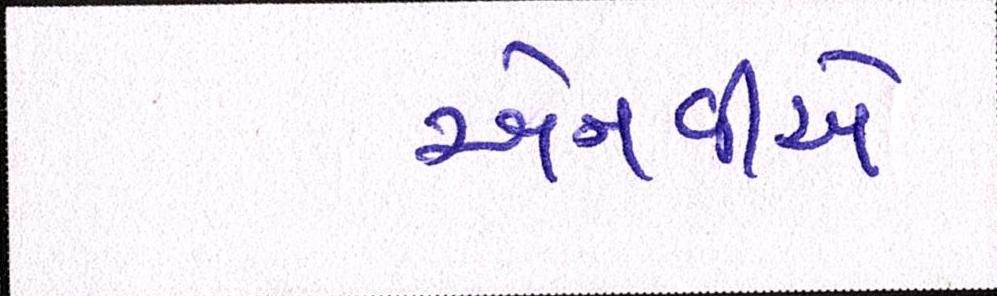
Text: એનવીએ